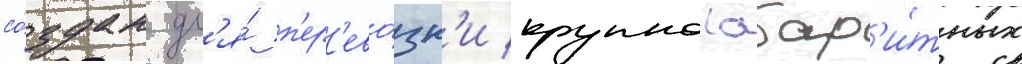
со́здан дл'я́ п'ер'ево́зк'и крупногабар'и́тных